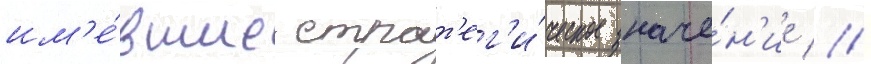
им'е́вшие страт'ег'и́ческое значе́н'ие //